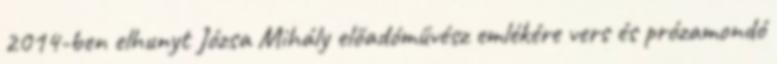
2014-ben elhunyt Józsa Mihály előadóművész emlékére vers és prózamondó